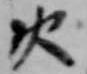
火